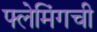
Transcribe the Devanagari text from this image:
फ्लेमिंगची